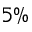
5 \%